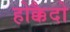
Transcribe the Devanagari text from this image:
होक्कैदो